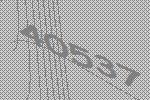
40537